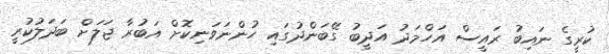
ކުރީގެ ނައިބު ރައީސް އަހްމަދު އަދީބު ގޭބަންދުގައި ހުންނަވަނިކޮށް އަބުރާ ޖަލަށް ބަދަލުކުރީ